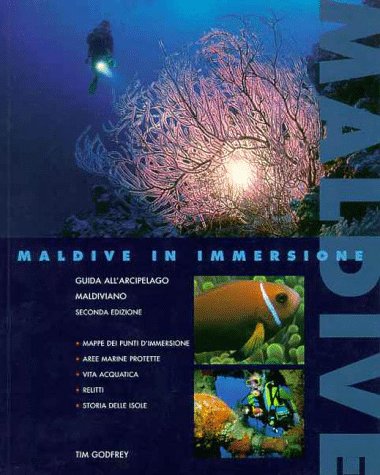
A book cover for Maldive in Immersione, Guida allarcipelago maldiviano; Tim, J. Godfrey; Travel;